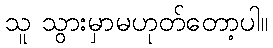
သူ သွားမှာမဟုတ်တော့ပါ။